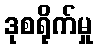
ဒုစရိုက်မှု